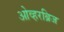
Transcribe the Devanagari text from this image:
ओव्हरब्रिज